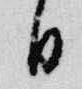
日